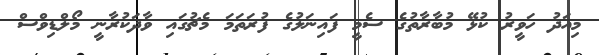
މިއަދު ހަވީރު ކުޅޭ މުބާރާތުގެ ސެމީ ފައިނަލުގެ ފުރަތަމަ މެޗުގައި ވާދަކުރާނީ މޯލްޑިވްސް